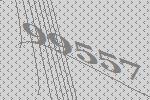
99557